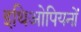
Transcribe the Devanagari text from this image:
इथिओपियनों